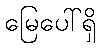
မြေပေါ်ရှိ